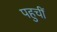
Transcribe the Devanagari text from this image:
पहुचीं